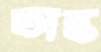
অন্ত